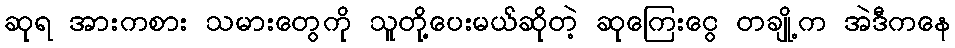
ဆုရ အားကစား သမားတွေကို သူတို့ပေးမယ်ဆိုတဲ့ ဆုကြေးငွေ တချို့က အဲဒီကနေ